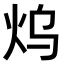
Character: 𤆡